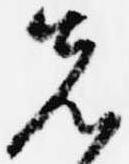
先